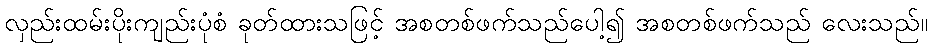
လှည်းထမ်းပိုးကျည်းပုံစံ ခုတ်ထားသဖြင့် အစတစ်ဖက်သည်ပေါ့၍ အစတစ်ဖက်သည် လေးသည်။